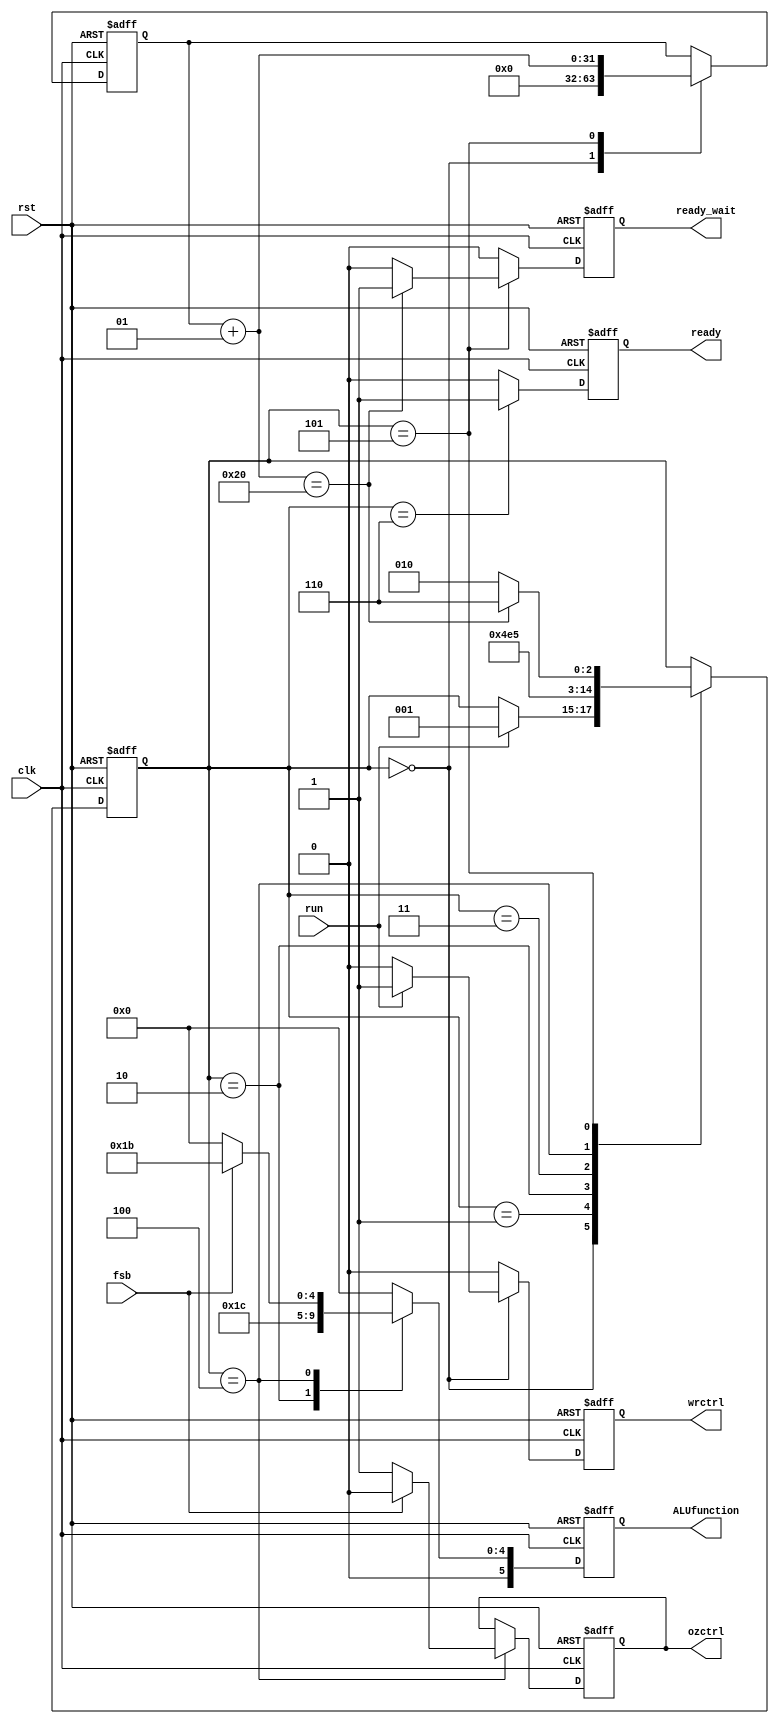
module Control(
	input run,//Signal for start the multiplication
	input rst,//Signal for reset
	input clk,//Clock
	input fsb,//The first bit of multiplier
	output reg ready,//Result ready
	output reg ready_wait,//Result ready but need to shift right
	output reg wrctrl,//The signal of write control
	output reg ozctrl,//Add one or zero at the least Remainder
	output reg [5:0] ALUfunction //for ALU function
	);
	reg [2:0]state;//The state
	reg [2:0]next_state;//The next state
	integer i;//Creat the integer i to make sure how much counted
	
	always@(posedge clk or posedge rst)begin
		if(rst)begin//If reset signal is 1,put the value 0 to all output and all setting
			i=0;
			ready=0;
			ready_wait=0;
			wrctrl=0;
			ozctrl=0;
			ALUfunction=6'd0;
			state=3'd0;
			next_state=3'd0;
		end
		else begin
			ready=0;//Everytime needs to clear previous setting
			ready_wait=0;
			wrctrl=0;
			ALUfunction=6'd0;
			state=next_state;
			case(state)				
				3'd0:begin//Identify can run or not
					i=0;
					if(run) begin
						wrctrl=1;
						next_state=3'd1;
					end
				end
				3'd1:next_state=3'd2;//This Cycle Remainder is doing another work
				3'd2:begin//Control ALU to do SUB function
					ALUfunction=6'd28;
					next_state=3'd3;
				end
				3'd3:next_state=3'd4;//One Cycle to load result
				3'd4:begin//Identify the first bit to restore original value or not
					if(fsb) begin
						ALUfunction=6'd27;
						ozctrl=0;
					end
					else begin
						ozctrl=1;
					end
					next_state=3'd5;
				end
				3'd5:begin//Check times
					i=i+1;
					if(i==32) begin
						ready_wait=1;
						next_state=3'd6;
					end
					else next_state=3'd2;
				end
				3'd6:ready=1;//maintain ready until reset
			endcase
		end		
	end
endmodule